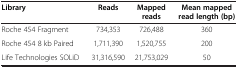
<table><thead><tr><td><b>Library</b></td><td><b>Reads</b></td><td><b>Mapped reads</b></td><td><b>Mean mapped read length (bp)</b></td></tr></thead><tbody><tr><td>Roche 454 Fragment</td><td>734,353</td><td>726,488</td><td>360</td></tr><tr><td>Roche 454 8 kb Paired</td><td>1,711,390</td><td>1,520,755</td><td>200</td></tr><tr><td>Life Technologies SOLiD</td><td>31,316,590</td><td>21,753,029</td><td>50</td></tr></tbody></table>